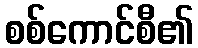
စစ်ကောင်စီ၏